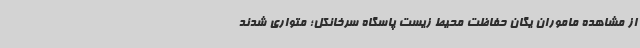
از مشاهده ماموران یگان حفاظت محیط زیست پاسگاه سرخانکل؛ متواری شدند